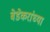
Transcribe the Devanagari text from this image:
बेडेकरांच्या